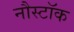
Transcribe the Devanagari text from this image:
नौस्टॉक